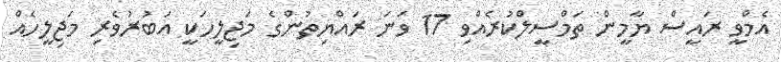
އެމްވީ ރައީސް ޔާމީން ތަމްސީލްކުރެއްވި 17 ވަނަ ރައްޔިތުންގެ މަޖިލީހަކީ އަބުރުވެރި މަޖިލީހެއް